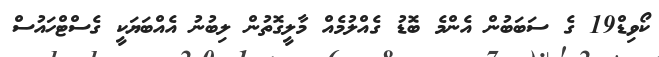
ކޯވިޑް19 ގެ ސަބަބުން އެންމެ ބޮޑު ގެއްލުމެއް މާލީގޮތުން ލިބުނު އެއްބަޔަކީ ގެސްޓްހައުސް